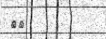
٧٥